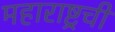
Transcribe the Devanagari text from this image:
महाराष्ट्रची